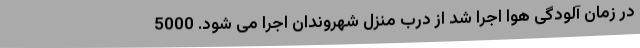
در زمان آلودگی هوا اجرا شد از درب منزل شهروندان اجرا می شود. 5000